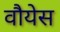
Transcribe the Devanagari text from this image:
वौयेस